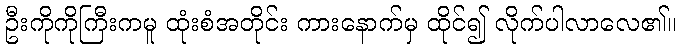
ဦးကိုကိုကြီးကမူ ထုံးစံအတိုင်း ကားနောက်မှ ထိုင်၍ လိုက်ပါလာလေ၏။